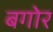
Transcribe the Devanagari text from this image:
बगोर